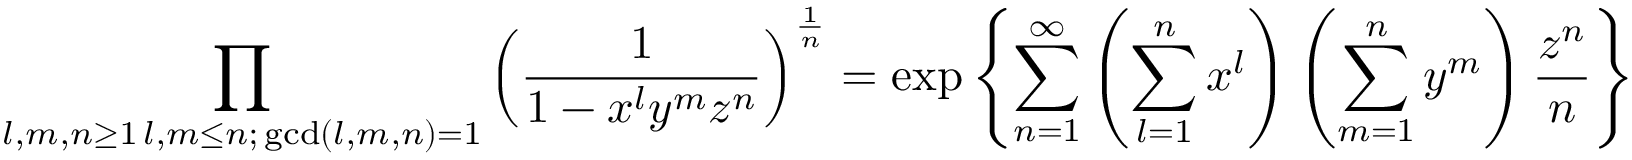
\prod _ { \substack { l , m , n \geq 1 \, l , m \leq n ; \, \operatorname* { g c d } ( l , m , n ) = 1 } } \left( \frac { 1 } { 1 - x ^ { l } y ^ { m } z ^ { n } } \right) ^ { \frac { 1 } { n } } = \exp \left\{ \sum _ { n = 1 } ^ { \infty } \left( \sum _ { l = 1 } ^ { n } x ^ { l } \right) \left( \sum _ { m = 1 } ^ { n } y ^ { m } \right) \frac { z ^ { n } } { n } \right\}